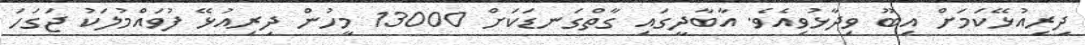
ދިރިއުޅޭކަމަށް އިބޫ ވިދާޅުވިއެވެ. އާބާދީގައި ގާތްގަނޑަކަށް 13000 މީހުން ދިރިއުޅޭ ފުވައްމުލަކު ޖަގަހަ